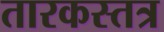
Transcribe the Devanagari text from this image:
तारकस्तत्र